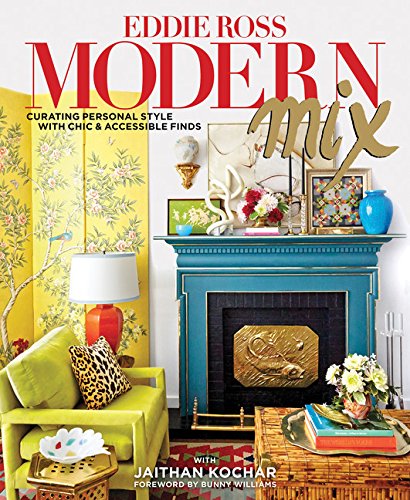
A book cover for Modern Mix: Curating Personal Style with Chic & Accessible Finds; Eddie Ross; Crafts, Hobbies & Home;